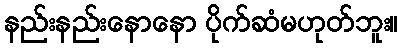
နည်းနည်းနောနော ပိုက်ဆံမဟုတ်ဘူး။